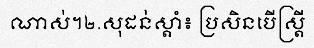
ណាស់។២.សុដន់ស្តាំ៖ ប្រសិនបើស្ត្រី